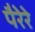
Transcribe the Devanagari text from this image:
पैरेरे